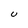
Character: U